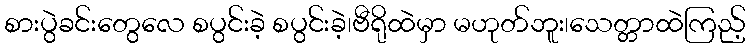
စားပွဲခင်းတွေလေ စပွင်းခဲ့ စပွင်းခဲ့၊ဗီရိုထဲမှာ မဟုတ်ဘူး၊သေတ္တာထဲကြည့်